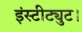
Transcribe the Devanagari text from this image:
इंस्टीट्युट।